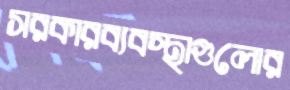
সরকারব্যবস্থাগুলোর